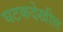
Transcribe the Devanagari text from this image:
घटकदेखील